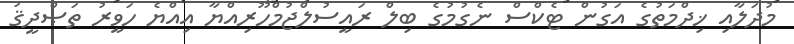
މުދަލާއި ޚިދްމަތުގެ އަގުން ޓެކްސް ނެގުމުގެ ބިލް ރައީސުލްޖުމްހޫރިއްޔާ އިއްޔެ ހަވީރު ތަޞްދީޤު